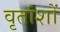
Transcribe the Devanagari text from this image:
वृतांशों